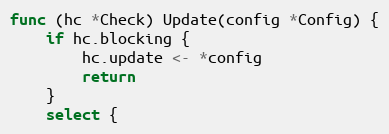
Language: Go
func (hc *Check) Update(config *Config) {
	if hc.blocking {
		hc.update <- *config
		return
	}
	select {